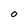
Character: 0